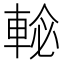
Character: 𨌕